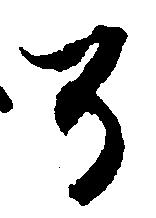
了